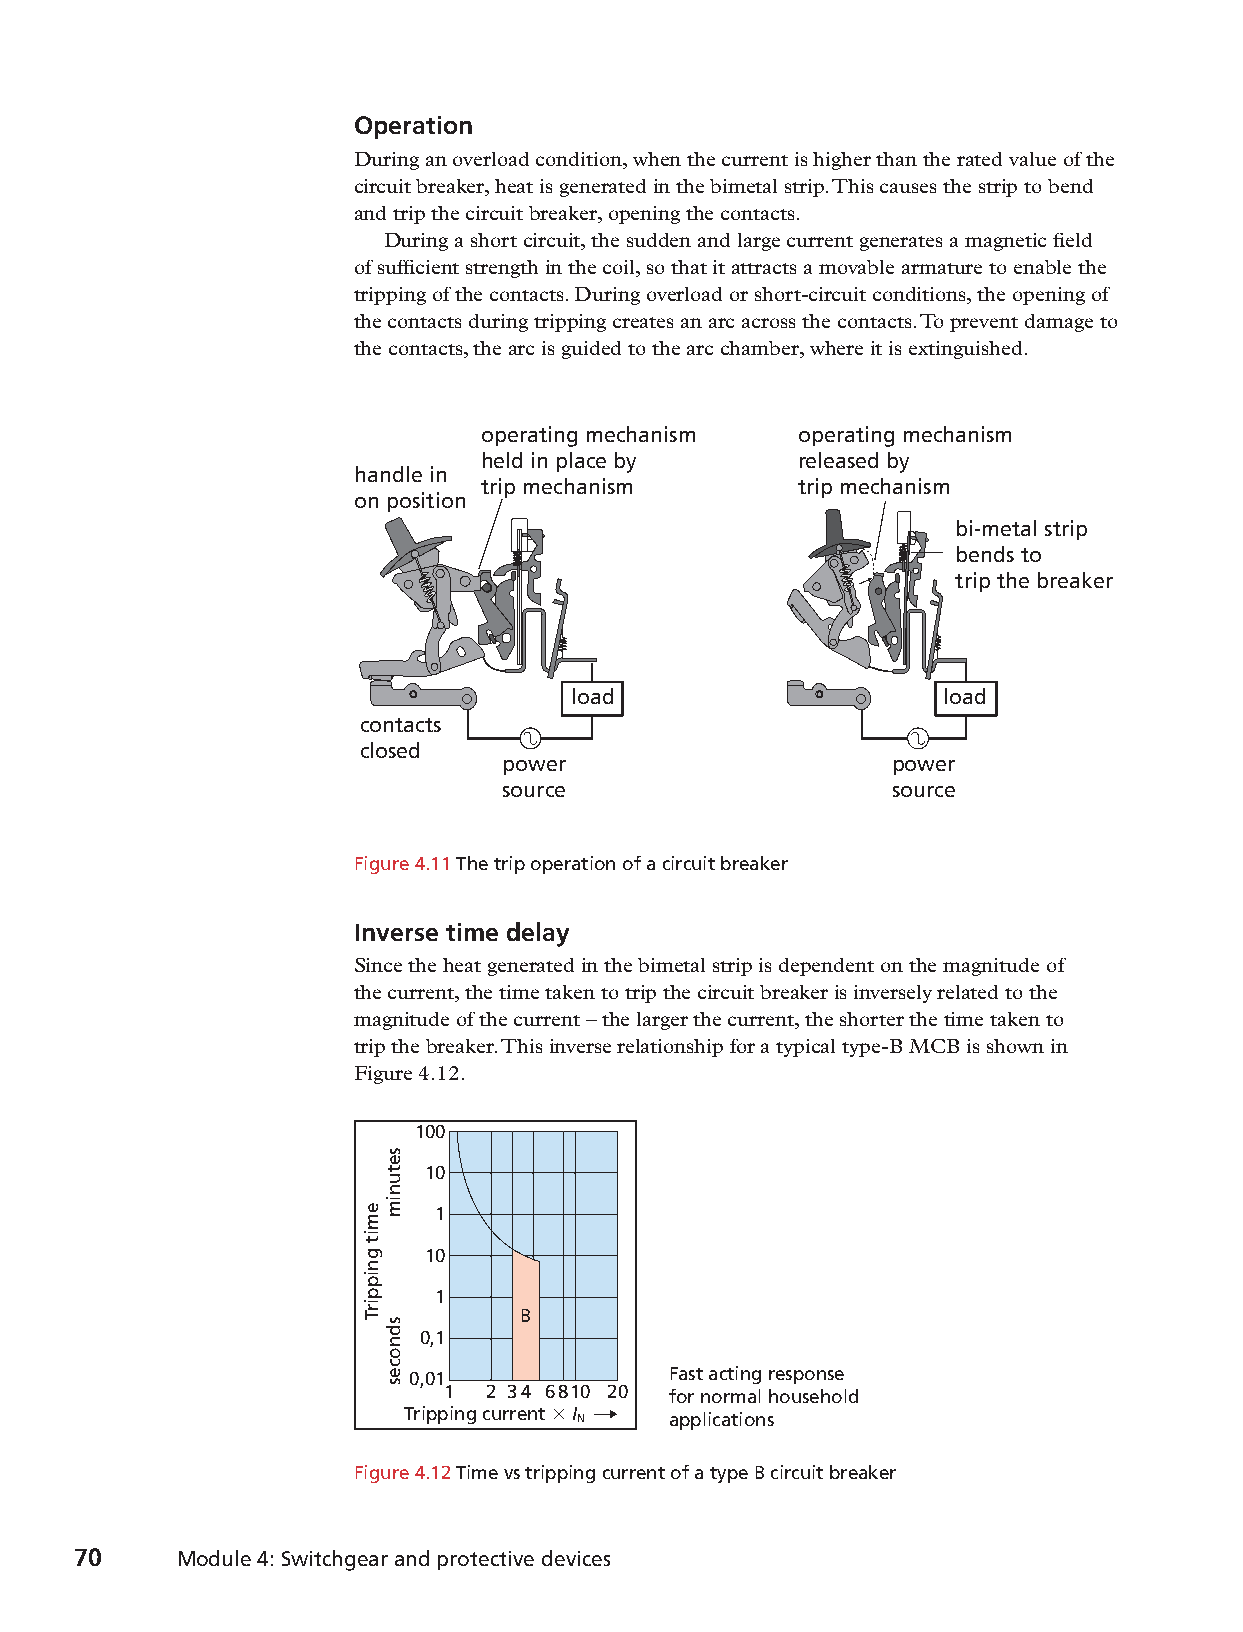
Operation
 During an overload condition, when the current is higher than the rated value of the
 circuit breaker, heat is generated in the bimetal strip. This causes the strip to bend
 and trip the circuit breaker, opening the contacts.
 During a short circuit, the sudden and large current generates a magnetic field
 of sufficient strength in the coil, so that it attracts a movable armature to enable the
 tripping of the contacts. During overload or short-circuit conditions, the opening of
 the contacts during tripping creates an arc across the contacts. To prevent damage to
 the contacts, the arc is guided to the arc chamber, where it is extinguished.
 operating mechanism  operating mechanism
 held in place by     released by
 handle in
 trip mechanism       trip mechanism
 on position
 bi-metal strip
 bends to
 trip the breaker
 load                     load
 contacts
 closed
 power                     power
 source                    source
 Figure 4.11 The trip operation of a circuit breaker
 Inverse time delay
 Since the heat generated in the bimetal strip is dependent on the magnitude of
 the current, the time taken to trip the circuit breaker is inversely related to the
 magnitude of the current – the larger the current, the shorter the time taken to
 trip the breaker. This inverse relationship for a typical type-B MCB is shown in
 Figure 4.12.
 100
 10
 1
 10
 1
 B
 0,1
 0,01              Fast acting response
 1 2 34 6810 20 for normal household
 Tripping current 3 I N applications
 Figure 4.12 Time vs tripping current of a type B circuit breaker
 70     Module 4: Switchgear and protective devices
 9781485717386_ntd_eth_n2_stb_eng_za.indb 70                              2020/05/24 09:55
 emit
 gnippirT
 setunim
 sdnoces